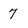
Character: 7